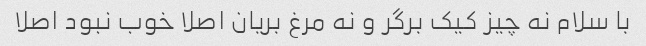
با سلام نه چیز کیک برگر و نه مرغ بریان اصلا خوب نبود اصلا